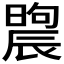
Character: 𣊤